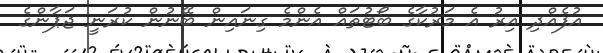
އުފެއްދި އިރު އެ މަރުކާގެ ބޯޓުތައް އެންމެ ގިނައިން ބޭނުން ކުރަނީ ޖަޕާންގެ